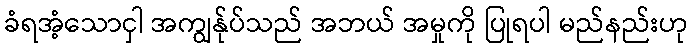
ခံရအံ့သောငှါ အကျွန်ုပ်သည် အဘယ် အမှုကို ပြုရပါ မည်နည်းဟု